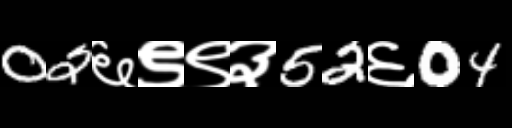
Text: 02६९९३52६04